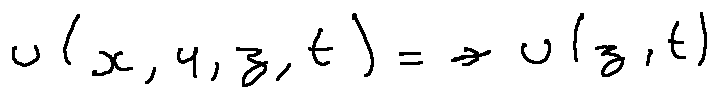
u ( x , y , z , t ) = u ( z , t )